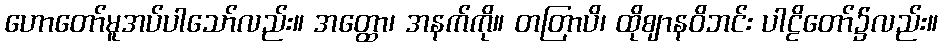
ဟောတော်မူအပ်ပါသော်လည်း။ အတ္ထော၊ အနက်ကို။ တတြာပိ၊ ထိုဈာနဝိဘင်း ပါဠိတော်၌လည်း။